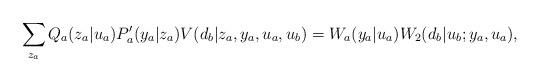
LaTeX: \begin{align*}\sum_{z_a} Q_a(z_a|u_a) P_a'(y_a|z_a) V(d_b|z_a,y_a,u_a,u_b) = W_a(y_a|u_a) W_2(d_b|u_b;y_a,u_a), \end{align*}